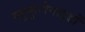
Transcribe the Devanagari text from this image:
ग्लूकुरोनाइडों